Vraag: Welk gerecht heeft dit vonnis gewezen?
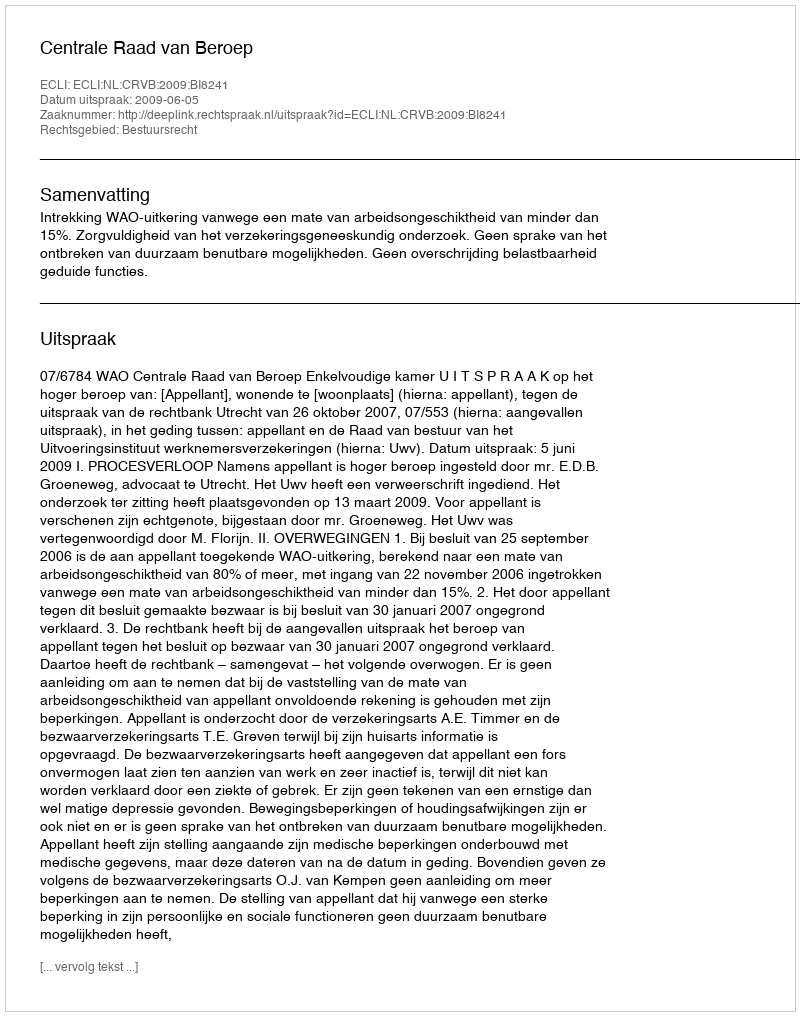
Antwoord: Centrale Raad van Beroep